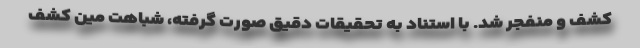
کشف و منفجر شد. با استناد به تحقیقات دقیق صورت گرفته، شباهت مین کشف